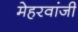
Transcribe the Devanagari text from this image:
मेहरवांजी